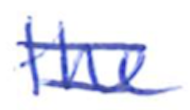
Text: the
Cross-out: double-line
Writing tool: ballpoint